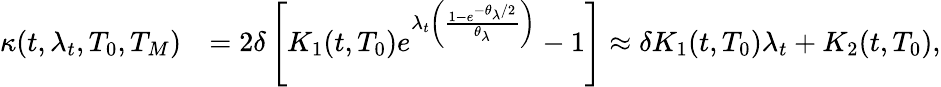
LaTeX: \begin{array}{rl}{\kappa(t,\lambda_{t},T_{0},T_{M})}&{=2\delta\left[K_{1}(t,T_{0})e^{\lambda_{t}\left(\frac{1-e^{-\theta_{\lambda}/2}}{\theta_{\lambda}}\right)}-1\right]\approx\delta K_{1}(t,T_{0})\lambda_{t}+K_{2}(t,T_{0}),}\end{array}